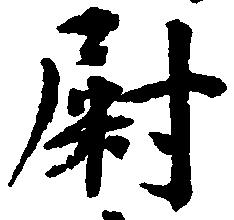
尉